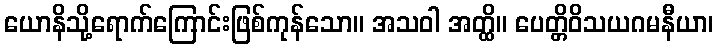
ယောနိသို့ရောက်ကြောင်းဖြစ်ကုန်သော။ အသဝါ အတ္ထိ။ ပေတ္တိဝိသယဂမနီယာ၊